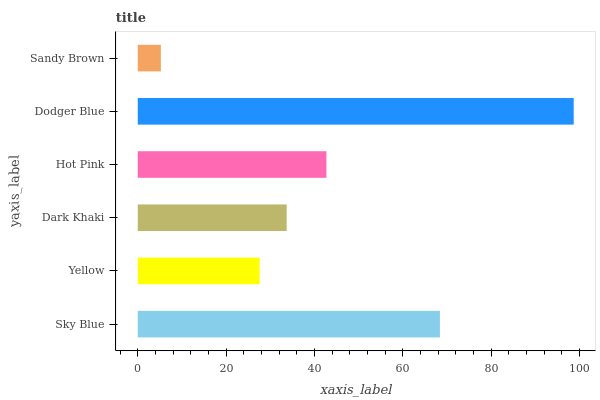
| yaxis_label | bars |
 | --- | --- |
 | Sky Blue | 68.4 |
 | Yellow | 27.6 |
 | Dark Khaki | 33.7 |
 | Hot Pink | 42.7 |
 | Dodger Blue | 98.7 |
 | Sandy Brown | 5.23 |